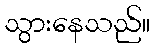
သွားနေသည်။